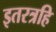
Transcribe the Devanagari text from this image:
इतरत्रहि